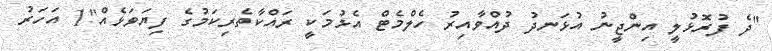
"ދެ ފުރޮޅުލީ އިންޖީނު އުޅަނދު ދުއްވާއިރު ހެލްމެޓް އެޅުމަކީ ރައްކާތެރިކަމުގެ ފިޔަވަޅެއް"1 އަހަރު